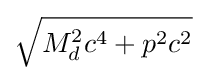
{\sqrt {M_{d}^{2}c^{4}+p^{2}c^{2}}}